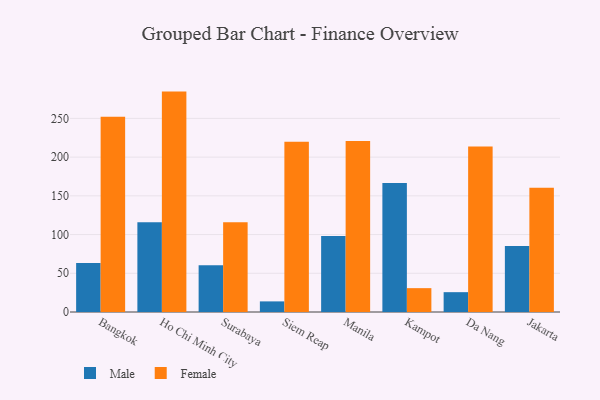
{"axis": {"x": "City", "y": "Revenue (USD Million)"}, "legend": ["Female", "Male"], "data": [{"x": "Bangkok", "y": 63.3, "type": "Male"}, {"x": "Bangkok", "y": 252.0, "type": "Female"}, {"x": "Ho Chi Minh City", "y": 115.8, "type": "Male"}, {"x": "Ho Chi Minh City", "y": 284.6, "type": "Female"}, {"x": "Surabaya", "y": 60.5, "type": "Male"}, {"x": "Surabaya", "y": 115.9, "type": "Female"}, {"x": "Siem Reap", "y": 13.7, "type": "Male"}, {"x": "Siem Reap", "y": 220.0, "type": "Female"}, {"x": "Manila", "y": 98.1, "type": "Male"}, {"x": "Manila", "y": 220.8, "type": "Female"}, {"x": "Kampot", "y": 166.5, "type": "Male"}, {"x": "Kampot", "y": 30.8, "type": "Female"}, {"x": "Da Nang", "y": 25.6, "type": "Male"}, {"x": "Da Nang", "y": 213.7, "type": "Female"}, {"x": "Jakarta", "y": 85.1, "type": "Male"}, {"x": "Jakarta", "y": 160.3, "type": "Female"}]}